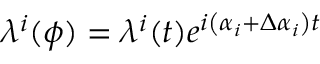
\lambda ^ { i } ( \phi ) = \lambda ^ { i } ( t ) e ^ { i \left( \alpha _ { i } + \Delta \alpha _ { i } \right) t }